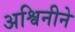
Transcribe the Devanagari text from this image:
अश्विनीने